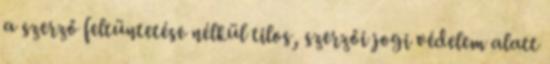
a szerző feltüntetése nélkül tilos, szerzői jogi védelem alatt